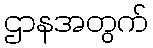
ဌာနအတွက်